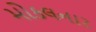
મોકલનાર